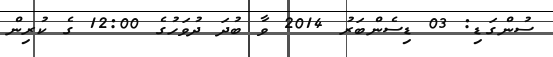
ސުންގަޑި: 03 ޑިސެންބަރު 2014 ވާ ބުދަ ދުވަހުގެ 12:00 ގެ ކުރިން